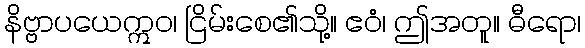
နိဗ္ဗာပယေဣဝ၊ ငြိမ်းစေ၏သို့။ ဧဝံ၊ ဤအတူ။ ဓီရော၊